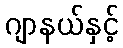
ဂျာနယ်နှင့်